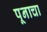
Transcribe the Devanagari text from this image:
पूनाचा